Burma Government Medical School reports 1907-22
Year: 1907
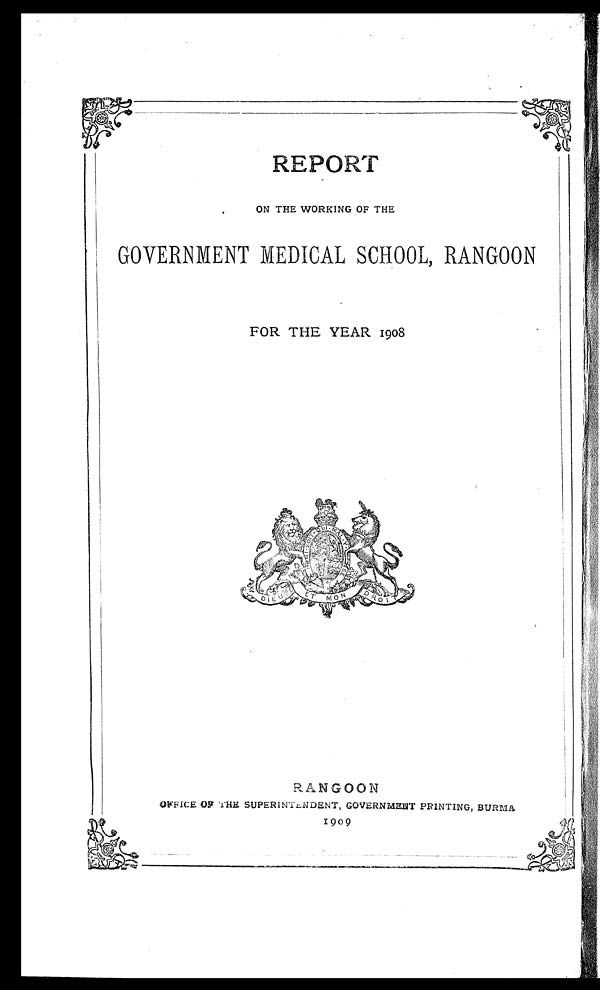
REPORT
ON THE WORKING OF THE
GOVERNMENT MEDICAL SCHOOL, RANGOON
FOR THE YEAR 1908
RANGOON
OFFICE OF THE SUPERINTENDENT, GOVERNMENT PRINTING, BURMA
1909